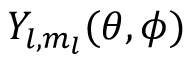
Y _ { l , m _ { l } } ( \theta , \phi )